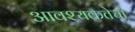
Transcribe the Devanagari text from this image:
आवश्‍यकतेचा